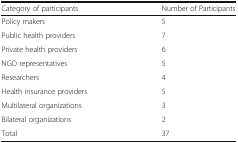
<table><thead><tr><td><b>Category of participants</b></td><td><b>Number of Participants</b></td></tr></thead><tbody><tr><td>Policy makers</td><td>5</td></tr><tr><td>Public health providers</td><td>7</td></tr><tr><td>Private health providers</td><td>6</td></tr><tr><td>NGO representatives</td><td>5</td></tr><tr><td>Researchers</td><td>4</td></tr><tr><td>Health insurance providers</td><td>5</td></tr><tr><td>Multilateral organizations</td><td>3</td></tr><tr><td>Bilateral organizations</td><td>2</td></tr><tr><td>Total</td><td>37</td></tr></tbody></table>